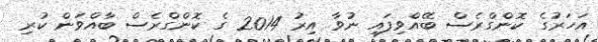
އަހަރުގެ ކޮންގްރެސް ބޭއްވިފައި ނުވާ އިރު 2014 ގެ ކޮންގްރެސް ބާއްވަން ކުރި